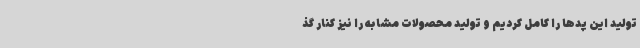
تولید این پدها را کامل کردیم و تولید محصولات مشابه را نیز کنار گذ